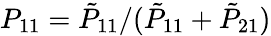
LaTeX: P_{11}={\tilde{P}}_{11}/({\tilde{P}}_{11}+{\tilde{P}}_{21})